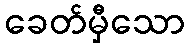
ခေတ်မှီသော